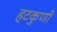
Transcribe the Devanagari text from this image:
हटकुणी